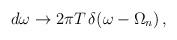
LaTeX: \begin{align*}d \omega\to 2\pi T\, \delta (\omega - \Omega_n)\,{,}\end{align*}